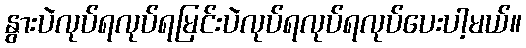
နွားပဲလုပ်ရလုပ်ရမြင်းပဲလုပ်ရလုပ်ရလုပ်ပေးပါ့မယ်။